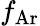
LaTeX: f_{\mathrm{Ar}}